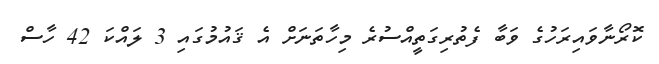
ކޮރޯނާވައިރަހުގެ ވަބާ ފެތުރިގަތީއްސުރެ މިހާތަނަށް އެ ޤައުމުގައި 3 ލައްކަ 42 ހާސް